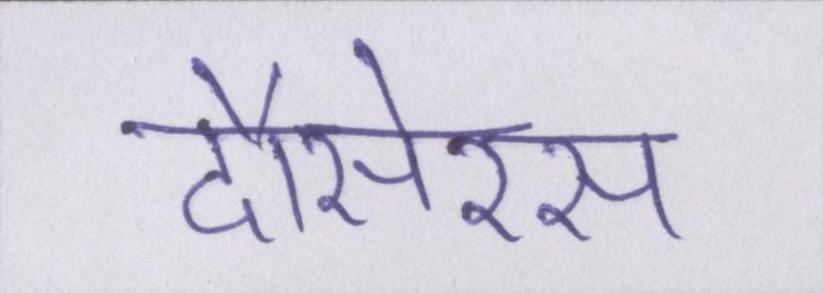
दौसेरस